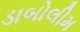
ડાબોલીમ